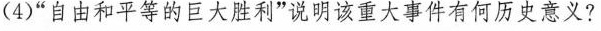
(4)“自由和平等的巨大胜利”说明该重大事件有何历史意义?